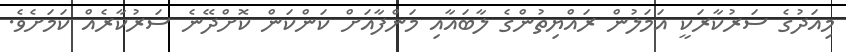
މިއަދުގެ ސަރުކާރަކީ އަމަލުން ރައްޔިތުންގެ ލާބައާއި މަންފާއަށް ކަންކަން ކޮށްދޭނެ ސަރުކާރެއް ކަމަށެވެ.